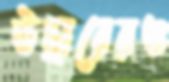
উদ্ধারেরও